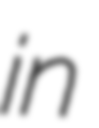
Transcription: in